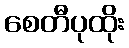
စေတီပုထိုး